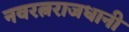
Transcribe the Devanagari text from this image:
नवरत्नराजधानी